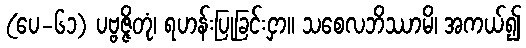
(ပေ-၆၁) ပဗ္ဗဇ္ဇိတုံ၊ ရဟန်းပြုခြင်းငှာ။ သစေလဘိဿာမိ၊ အကယ်၍